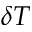
\delta T